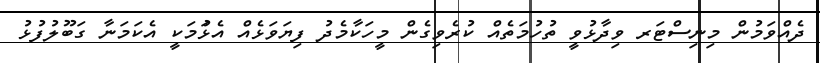
ދެއްވަމުން މިނިސްޓަރ ވިދާޅުވީ ތުހުމަތެއް ކުރެވިގެން މީހަކާމެދު ފިޔަވަޅެއް އެޅުަމަަކީ އެކަމަނާ ގަބޫލުފުޅު